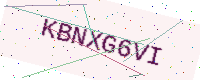
Text: KBNXG6VI